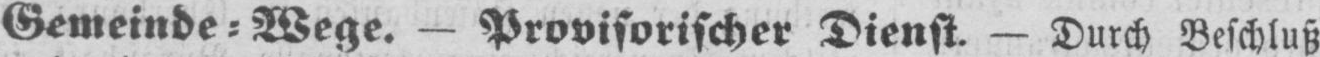
Gemeinde⸗Wege. - Provisorischer Dienst. - Durch Beschluß